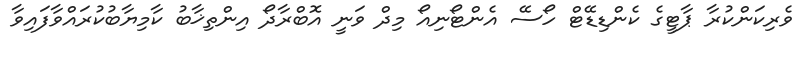
ވެރިކަންކުރާ ޕާޓީގެ ކެންޑިޑޭޓް ހޯސޭ އެންޓޯނިއޯ މިދް ވަނީ އޮބްރާދޯ އިންތިޚާބު ކާމިޔާބުކުރައްވާފައިވާ